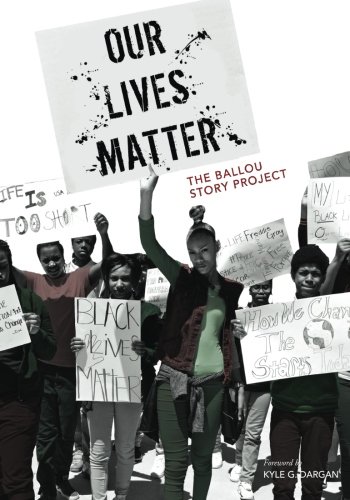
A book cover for Our Lives Matter: The Ballou Story Project (Volume 2); Ballou High School Writers; Teen & Young Adult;